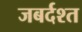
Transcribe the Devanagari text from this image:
जबर्दश्त